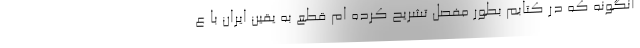
انگونه که در کتابم بطور مفصل تشریح کرده ام قطع به یقین ایران با ع